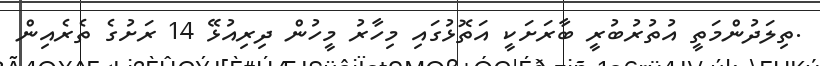
.ތިލަދުންމަތީ އުތުރުބުރީ ބާރަށަކީ އަތޮޅުގައި މިހާރު މީހުން ދިރިއުޅޭ 14 ރަށުގެ ތެރެއިން